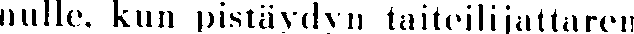
nulle. kun pistäydyn taiteilijattaren